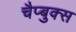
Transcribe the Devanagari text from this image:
चैप्बुक्स